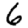
Digit: 6